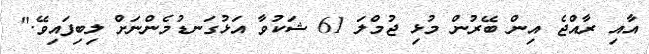
އާއި ރާއްޖެ އިން ބޭރުން މުޅި ޖުމްލަ 61 ޝަކުވާ އަޅުގަނޑުމެންނަށް ލިބިފައިވޭ."